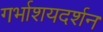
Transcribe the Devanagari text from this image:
गर्भाशयदर्शन